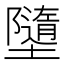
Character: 𡓗